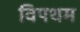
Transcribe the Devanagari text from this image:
विपथम